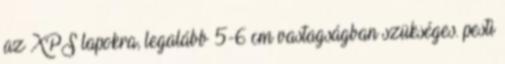
az XPS lapokra, legalább 5-6 cm vastagságban szükséges. pesti